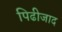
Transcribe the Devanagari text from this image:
पिढीजाद